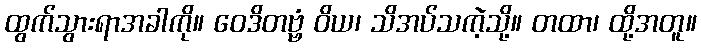
ထွက်သွားရာအခါကို။ ဝေဒိတဗ္ဗံ ဝိယ၊ သိအပ်သကဲ့သို့။ တထာ၊ ထို့အတူ။